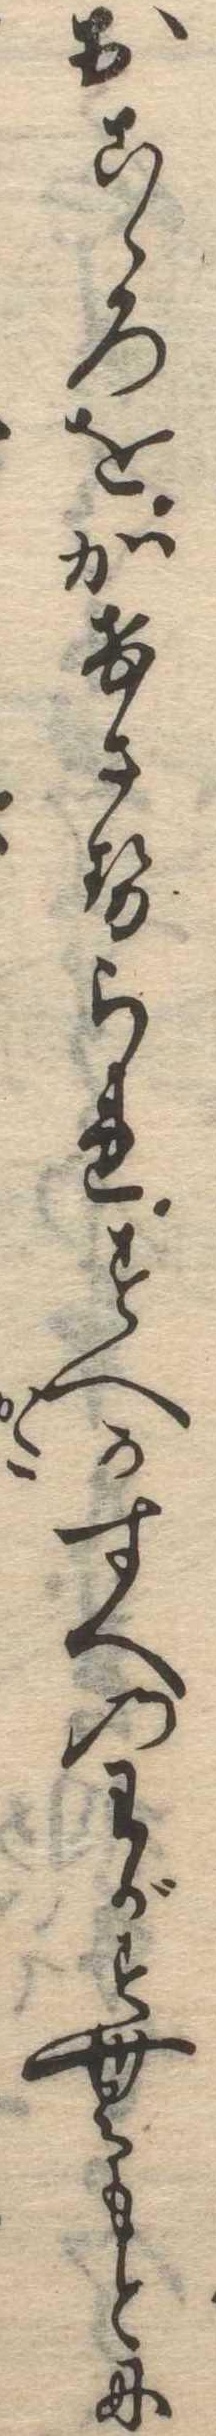
おこゝろをかけさせられすへかすへのわがすむもとに